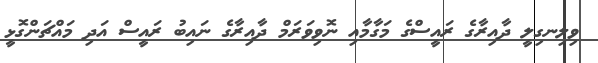
ވިލިނގިލީ ދާއިރާގެ ރައީސްގެ މަގާމާއި ނޮވިވަރަމް ދާއިރާގެ ނައިބު ރައީސް އަދި މައްޗަންގޮޅީ